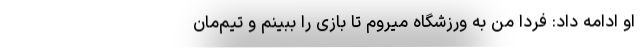
او ادامه داد: فردا من به ورزشگاه ‌میروم تا بازی را ببینم و تیم‌مان